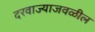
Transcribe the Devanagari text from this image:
दरवाज्याजवळील